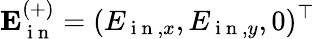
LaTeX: \mathbf{E}_{\mathrm{~i~n~}}^{(+)}=(E_{\mathrm{~i~n~},x},E_{\mathrm{~i~n~},y},0)^{\top}